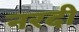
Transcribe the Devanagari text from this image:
नरदी